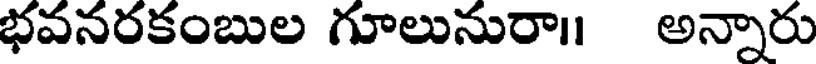
భవనరకంబుల గూలునురా। అన్నారు